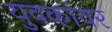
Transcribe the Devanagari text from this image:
युवकांवर